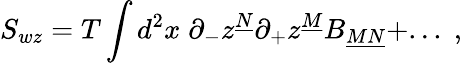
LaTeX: S_{wz}=T\int d^{2}x\; \partial_{-}z^{\underline{{{N}}}}\partial_{+}z^{\underline{{{M}}}}B_{\underline{{{MN}}}}+...\; ,